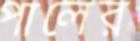
পালের